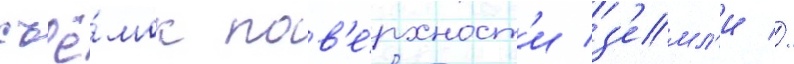
съё́мок пов'е́рхност'и з'емл'и //